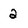
Character: 2